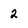
Character: 2